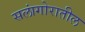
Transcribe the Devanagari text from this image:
सलांगोरातील